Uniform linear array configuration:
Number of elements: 12
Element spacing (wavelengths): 0.5
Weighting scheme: hamming
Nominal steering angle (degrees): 45
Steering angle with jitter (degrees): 44.487
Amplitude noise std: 0.05
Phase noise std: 0.05

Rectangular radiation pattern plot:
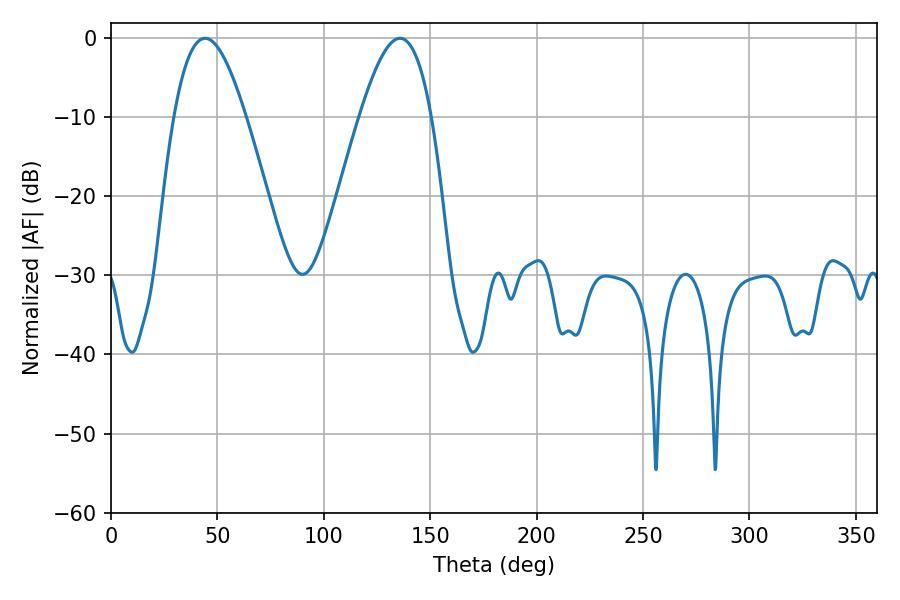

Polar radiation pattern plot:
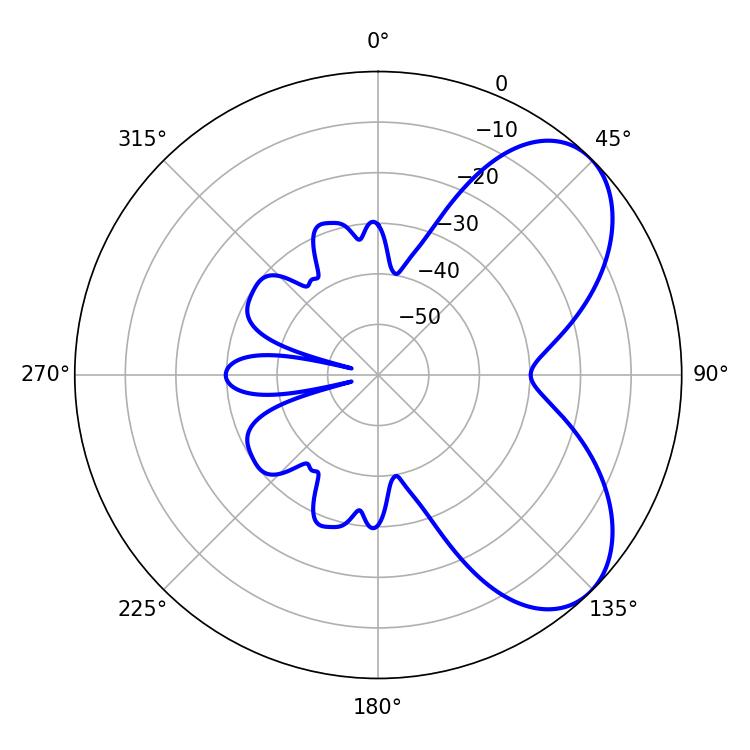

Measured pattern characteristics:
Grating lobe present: FALSE
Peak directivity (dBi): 6.102
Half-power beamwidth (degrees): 18.36
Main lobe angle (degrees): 44.28